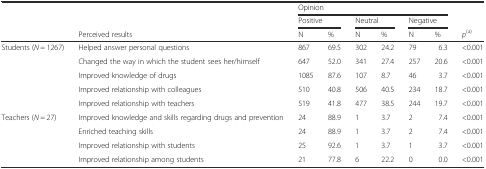
<table><thead><tr><td></td><td></td><td colspan="6"><b>Opinion</b></td><td></td></tr><tr><td></td><td></td><td colspan="2"><b>Positive</b></td><td colspan="2"><b>Neutral</b></td><td colspan="2"><b>Negative</b></td><td></td></tr><tr><td></td><td><b>Perceived results</b></td><td><b>N</b></td><td><b>%</b></td><td><b>N</b></td><td><b>%</b></td><td><b>N</b></td><td><b>%</b></td><td><b><i>p</i><sup>(a)</sup></b></td></tr></thead><tbody><tr><td rowspan="5">Students (<i>N</i> = 1267)</td><td>Helped answer personal questions</td><td>867</td><td>69.5</td><td>302</td><td>24.2</td><td>79</td><td>6.3</td><td>&lt;0.001</td></tr><tr><td>Changed the way in which the student sees her/himself</td><td>647</td><td>52.0</td><td>341</td><td>27.4</td><td>257</td><td>20.6</td><td>&lt;0.001</td></tr><tr><td>Improved knowledge of drugs</td><td>1085</td><td>87.6</td><td>107</td><td>8.7</td><td>46</td><td>3.7</td><td>&lt;0.001</td></tr><tr><td>Improved relationship with colleagues</td><td>510</td><td>40.8</td><td>506</td><td>40.5</td><td>234</td><td>18.7</td><td>&lt;0.001</td></tr><tr><td>Improved relationship with teachers</td><td>519</td><td>41.8</td><td>477</td><td>38.5</td><td>244</td><td>19.7</td><td>&lt;0.001</td></tr><tr><td rowspan="4">Teachers (<i>N</i> = 27)</td><td>Improved knowledge and skills regarding drugs and prevention</td><td>24</td><td>88.9</td><td>1</td><td>3.7</td><td>2</td><td>7.4</td><td>&lt;0.001</td></tr><tr><td>Enriched teaching skills</td><td>24</td><td>88.9</td><td>1</td><td>3.7</td><td>2</td><td>7.4</td><td>&lt;0.001</td></tr><tr><td>Improved relationship with students</td><td>25</td><td>92.6</td><td>1</td><td>3.7</td><td>1</td><td>3.7</td><td>&lt;0.001</td></tr><tr><td>Improved relationship among students</td><td>21</td><td>77.8</td><td>6</td><td>22.2</td><td>0</td><td>0.0</td><td>&lt;0.001</td></tr></tbody></table>